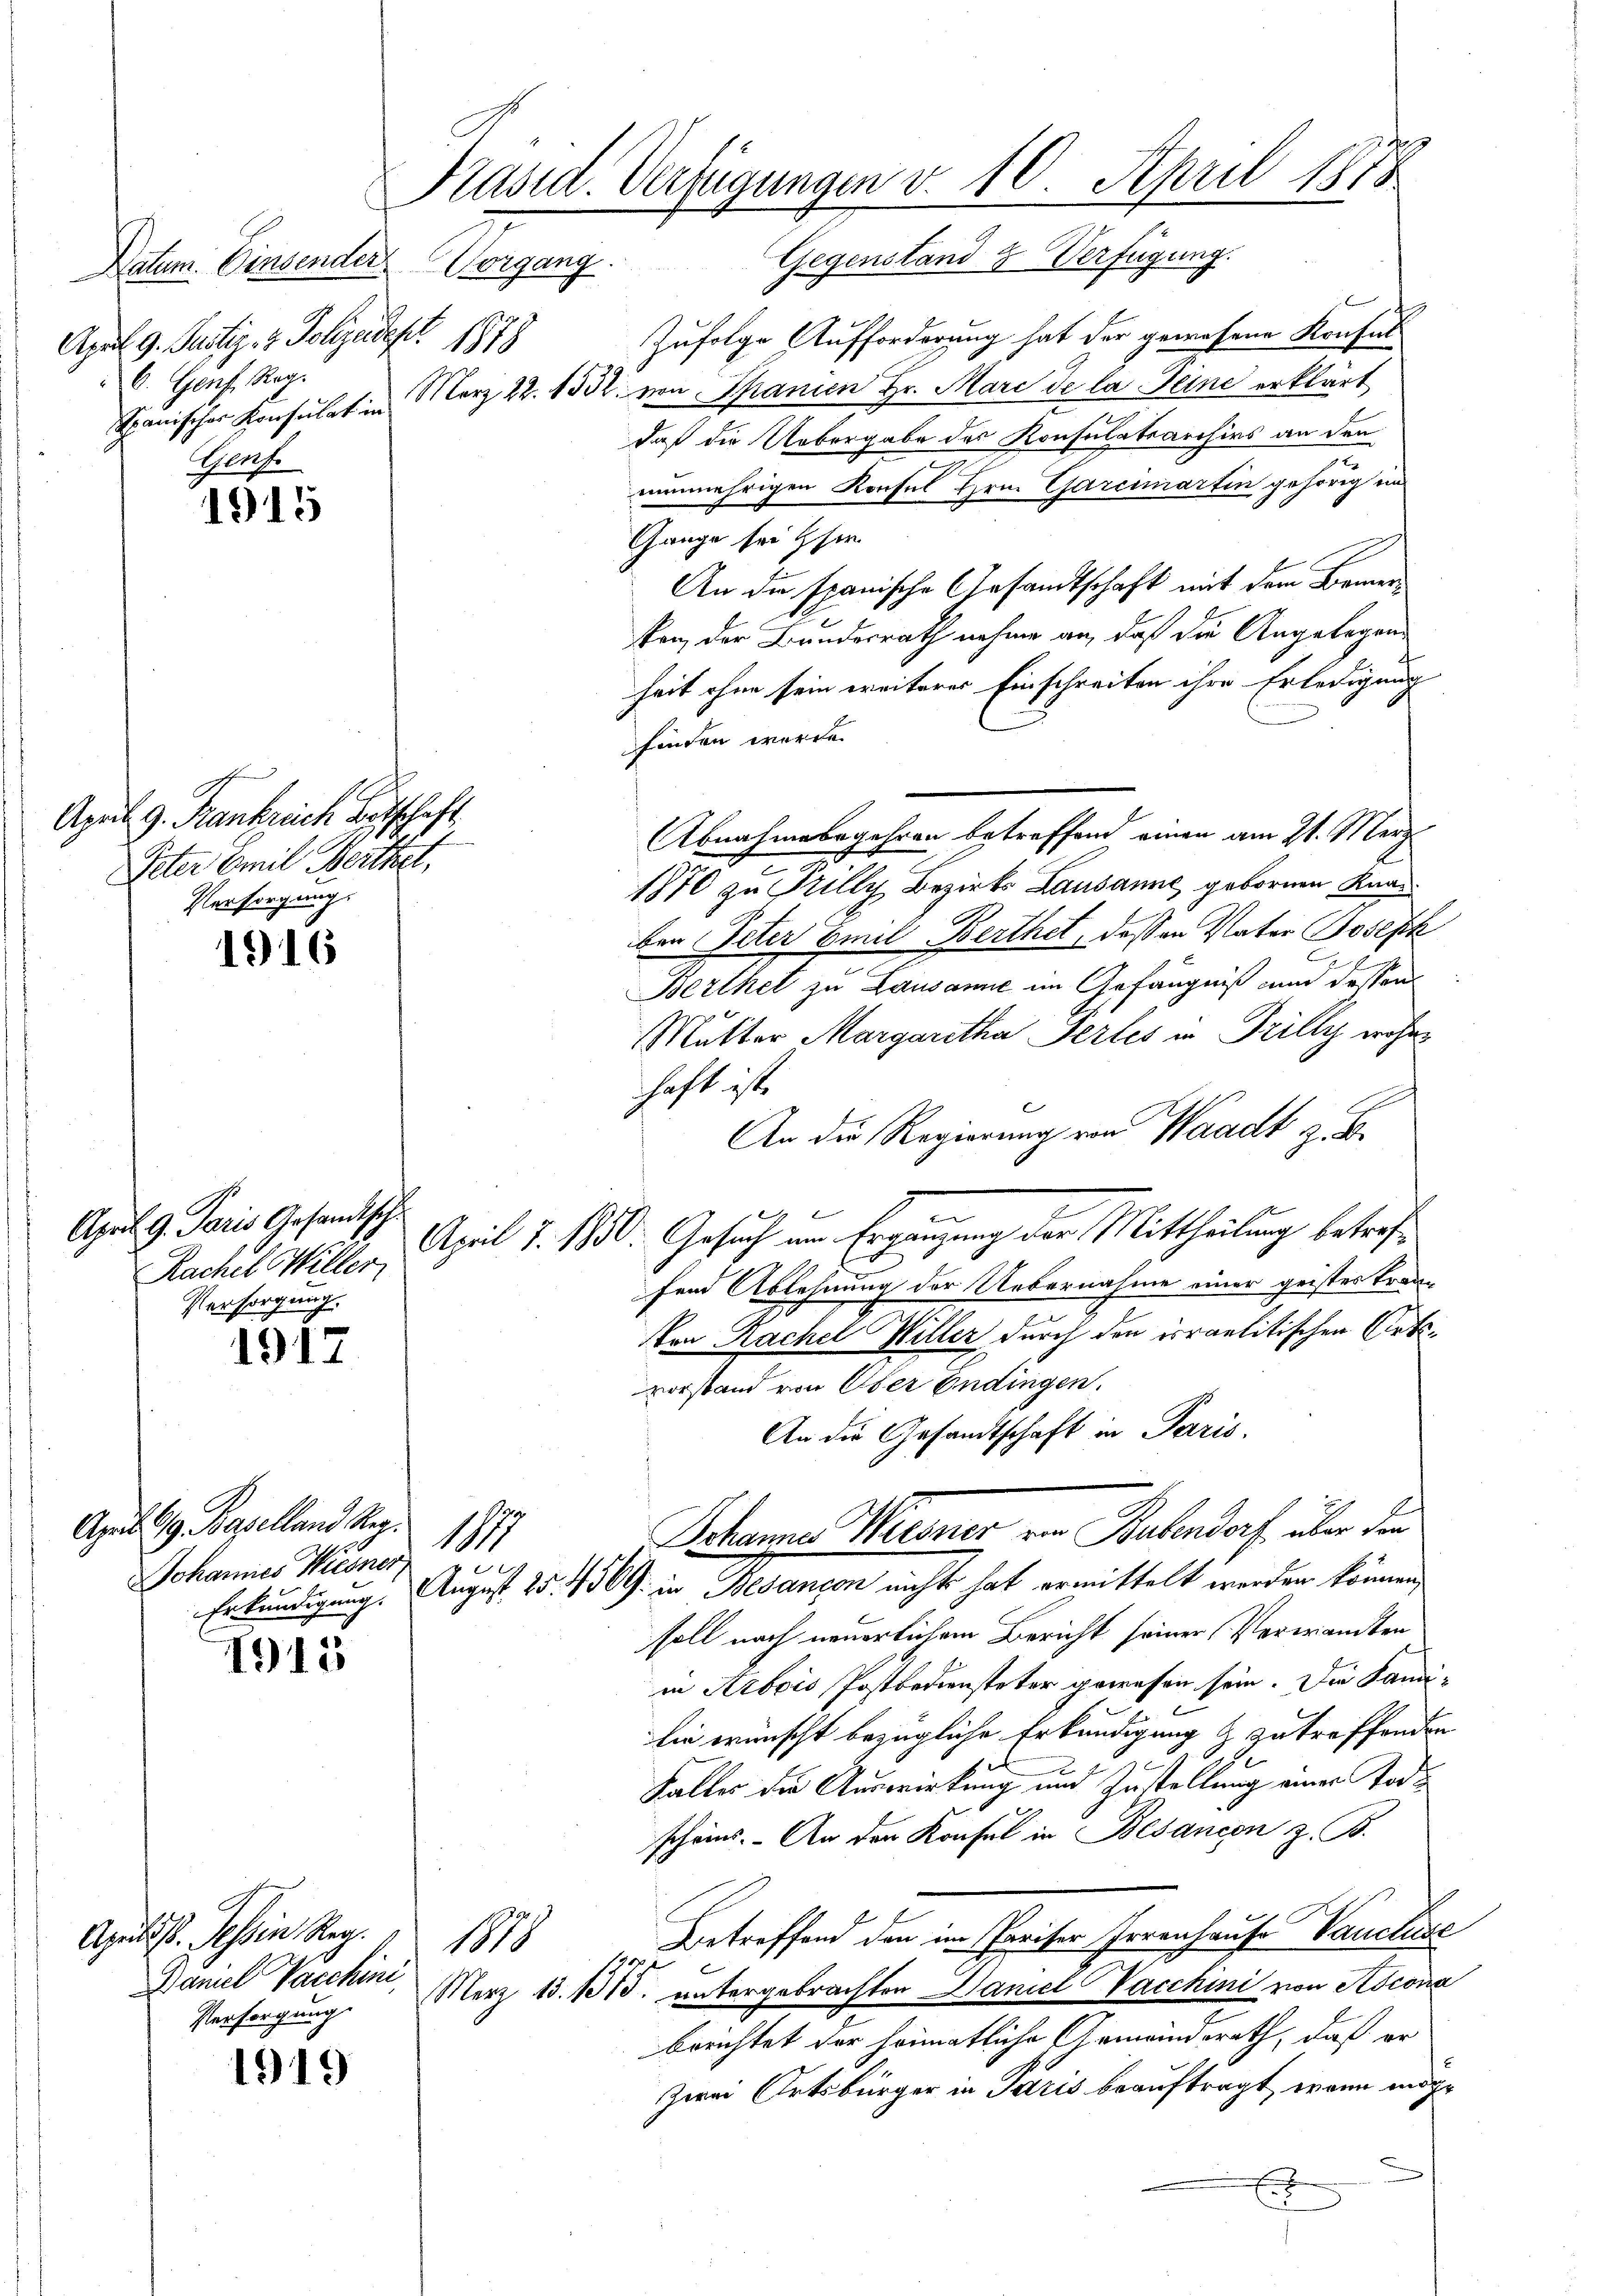
Datum. Einsender Vorgang
April 9. Justiz- & Polizeidept 1873
6. Genf, Reg.
Genf

1915

April g. Krankreich Botschaft,
Peter Emil Besthet,
Versorgung.

1916

April 9. Paris Gesandtsch
Rachel Willer
Persorgung.

1917

1915

1919

Präsid. Verfügungen v. 10. April 1878

April 19. Baselland Reg.
1

Johannes Wiesner,

Apulds. Tessin Reg.
Persorgung

1

Zufolge Aufforderung hat der gewesene Konsul
Spanischer Konsulat in März 22. 1532. von Spanien Hr. Mare de la Seine erklärt
daß die Uebergabe des Konsulatsarchivs an den
nunmehrigen Konsul Hrn. Garcimartin gehörig im
Gange sei ser

An die spanische Gesandtschaft mit dem Bemerken, der Bundesrath nehme an, daß die Angelegens
heit ohne sein weiteres Einschreiten ihre Erledigung
finden werde.
Abnahmebegehren betreffend einen am 21. Merz
1870 zu Tilly Bezirks Lausanne gebornen Knaben Peter Emil Berthet, dessen Vater Joseph
Berthet zu Lausanne im Gefängniß und dessen
Mutter Margaretha Perles in Trilly woher
haft ist.
An die Regierung von Waadt z. B.
e
April 7. 1830. Gesuch am Ergänzung der Mittheilung betreffend Ablehnung der Uebernahme einer geistes Trau-
Von Rachel Willer durch den israelitischen Ortsvorstand von Oser Endingen.
An die Gesandtschaft in Paris.
Schannes Weiner von Habendorf über den
Erkundigung. August 25. 4369 in Besançon nichts hat ermittelt werden können,
soll nach neuerlichem Bericht seiner Verwandten
in Arbois Postbediensteter gewesen sein. Die Landilie wünscht bezügliche Erkundigung & zu treffenden
3 x
Falles die Auswirkung und Zustellung einer Tode
scheins. An den Konsul in Besancen z. B.
Betreffend den im Pariser Irrenhause Vancluse
sp.
Ganiel Vacchin, März 13. 115. untergebrachten Daniel Vacchini von Ascona
berichtet vor heimatliche Gemeindsrath, daß er
Zwei Ortsbürger in Paris beauftragt, wenn mög¬